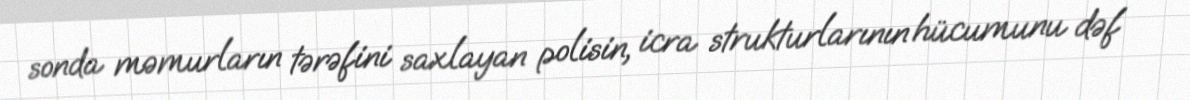
sonda məmurların tərəfini saxlayan polisin, icra strukturlarının hücumunu dəf